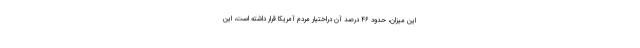
این میزان، حدود ۴۶ درصد آن دراختیار مردم آمریکا قرار داشته است، این